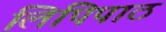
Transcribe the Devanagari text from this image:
लिपिपाठ